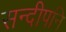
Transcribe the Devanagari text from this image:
सन्दीपनि